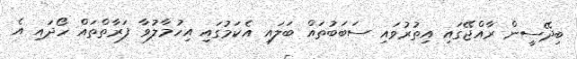
ބިދޭސީން ރާއްޖޭގައި އިތުރުވައި ސަބަބުތައް ބަލައި އެކަމުގައި އިހުމާލުވާ ފަރާތްތައް ހޯދައި އެ